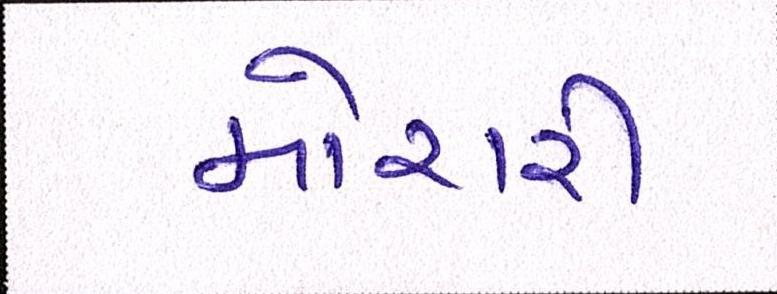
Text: મોરારી